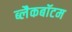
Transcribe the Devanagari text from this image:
ब्लैकबॉटम